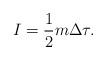
LaTeX: \begin{align*}I={1\over 2} m\Delta\tau.\end{align*}